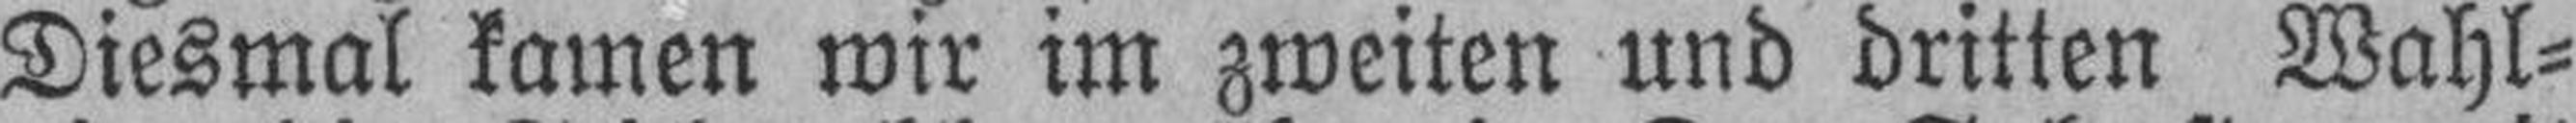
Diesmal kamen wir im zweiten und dritten Wahl¬